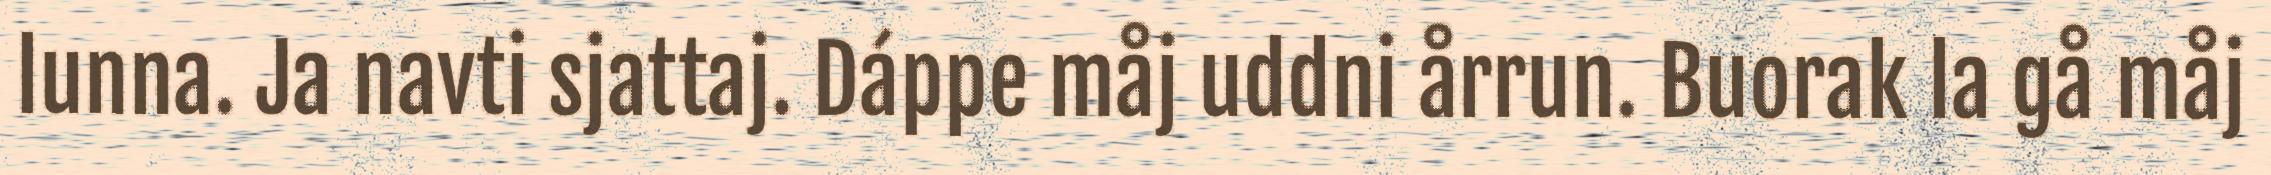
lunna. Ja navti sjattaj. Dáppe måj uddni årrun. Buorak la gå måj